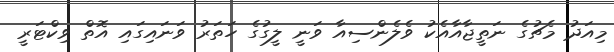
މިއަދު މެޗުގެ ނަތީޖާއާއެކު ވެލެންސިއާ ވަނީ ލީގުގެ ހަތަރު ވަނައިގައި އޮތް ވިކްޓަރީ